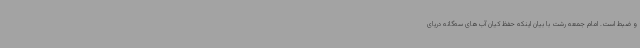
و ضبط است. امام جمعه رشت با بیان اینکه حفظ کیان آب‌های سه‌گانه دریای